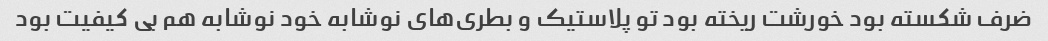
ضرف شکسته بود خورشت ریخته بود تو پلاستیک و بطری‌های نوشابه خود نوشابه هم بی کیفیت بود